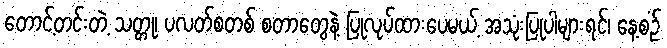
တောင့်တင်းတဲ့ သတ္တု၊ ပလတ်စတစ် စတာတွေနဲ့ ပြုလုပ်ထားပေမယ့် အသုံးပြုပါများရင်၊ နေ့စဉ်